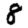
Digit: 8